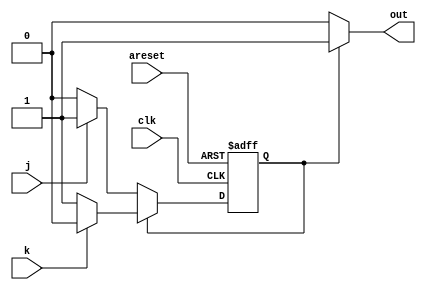
module top_module(
    input clk,
    input areset,    // Asynchronous reset to OFF
    input j,
    input k,
    output out); //  

    parameter OFF=0, ON=1; 
    reg state, next_state;

    always @(*) begin
        if (state == OFF)
            next_state = (j) ? ON : OFF;
        else
            next_state = (k) ? OFF : ON;
    end

    always @(posedge clk, posedge areset) begin
        if (areset)
            state <= OFF;
        else
            state <= next_state;
    end

    // Output logic
    assign out = (state == ON) ? 1 : 0;

endmodule